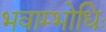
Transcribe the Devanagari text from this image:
भवाम्भोधिः